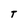
Character: T